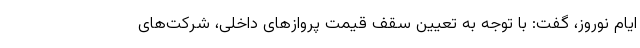
ایام نوروز، گفت: با توجه به تعیین سقف قیمت پروازهای داخلی، شرکت‌های